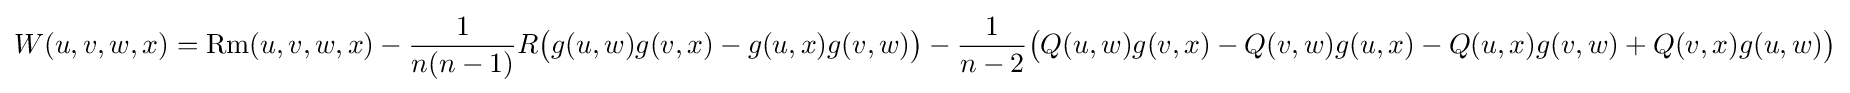
W(u,v,w,x)=\operatorname {Rm} (u,v,w,x)-{\frac {1}{n(n-1)}}R{\big (}g(u,w)g(v,x)-g(u,x)g(v,w){\big )}-{\frac {1}{n-2}}{\big (}Q(u,w)g(v,x)-Q(v,w)g(u,x)-Q(u,x)g(v,w)+Q(v,x)g(u,w){\big )}